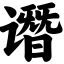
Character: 谮